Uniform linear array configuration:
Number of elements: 12
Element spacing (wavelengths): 0.5
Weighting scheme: hamming
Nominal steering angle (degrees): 45
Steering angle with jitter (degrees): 44.334
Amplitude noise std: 0.05
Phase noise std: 0.05

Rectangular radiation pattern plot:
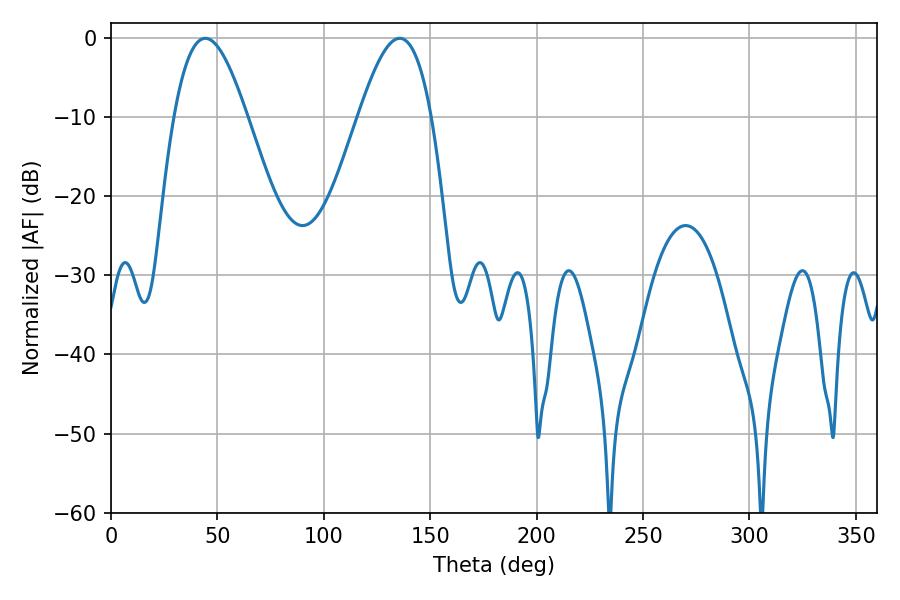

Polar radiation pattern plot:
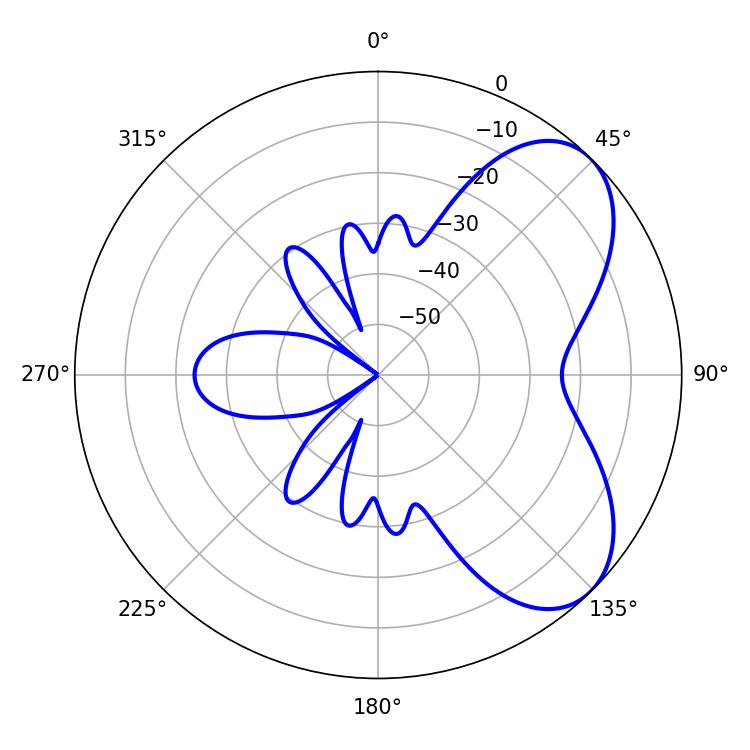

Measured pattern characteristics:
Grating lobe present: FALSE
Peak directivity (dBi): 5.992
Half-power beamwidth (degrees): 18.54
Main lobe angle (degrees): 44.28